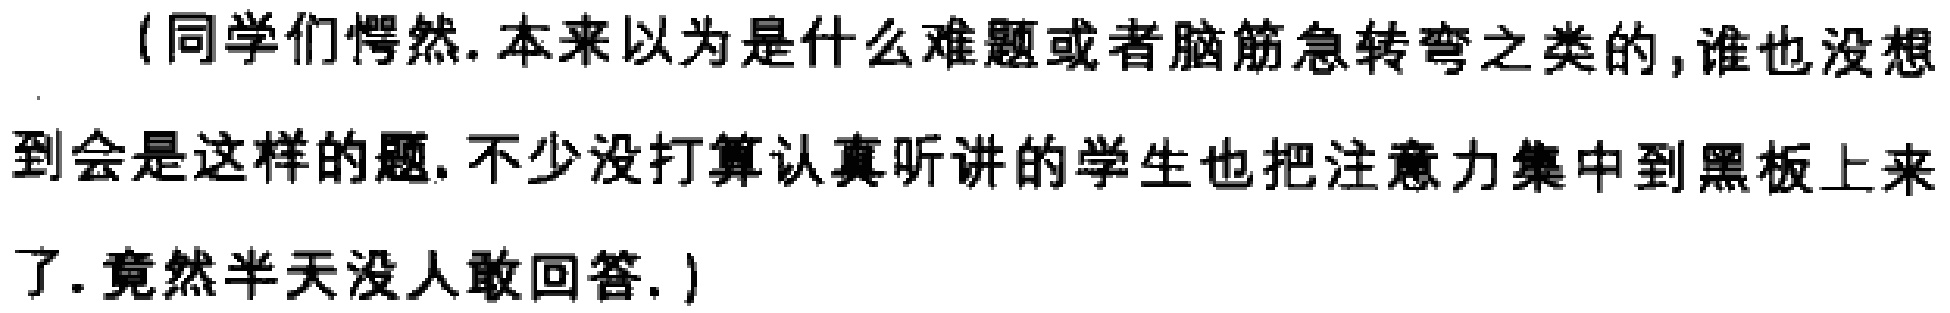
（同学们愕然. 本来以为是什么难题或者脑筋急转弯之类的, 谁也没想到会是这样的题. 不少没打算认真听讲的学生也把注意力集中到黑板上来了. 竟然半天没人敢回答.）